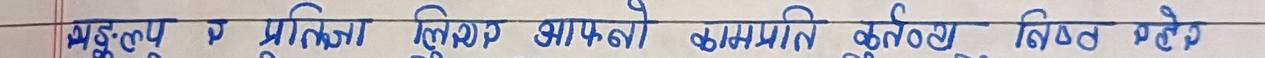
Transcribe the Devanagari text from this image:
मृत्यु र प्रतिज्ञा लिपिको आँखाको कमलति कृतीक निजको हो।